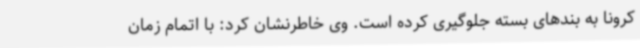
کرونا به بندهای بسته جلوگیری کرده است. وی خاطرنشان کرد: با اتمام زمان